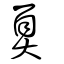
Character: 奡